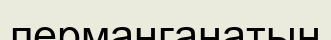
перманганатын